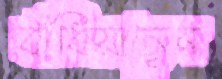
বাঁধিয়াছেন